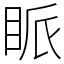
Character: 眽